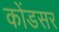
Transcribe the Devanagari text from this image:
कोंडसर